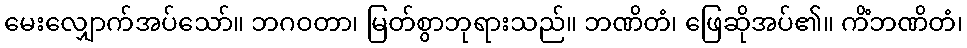
မေးလျှောက်အပ်သော်။ ဘဂဝတာ၊ မြတ်စွာဘုရားသည်။ ဘဏိတံ၊ ဖြေဆိုအပ်၏။ ကိံဘဏိတံ၊